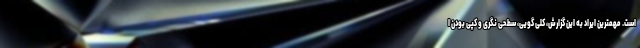
است. مهمترین ایراد به این گزارش، کلی گویی، سطحی نگری و کپی بودن ا